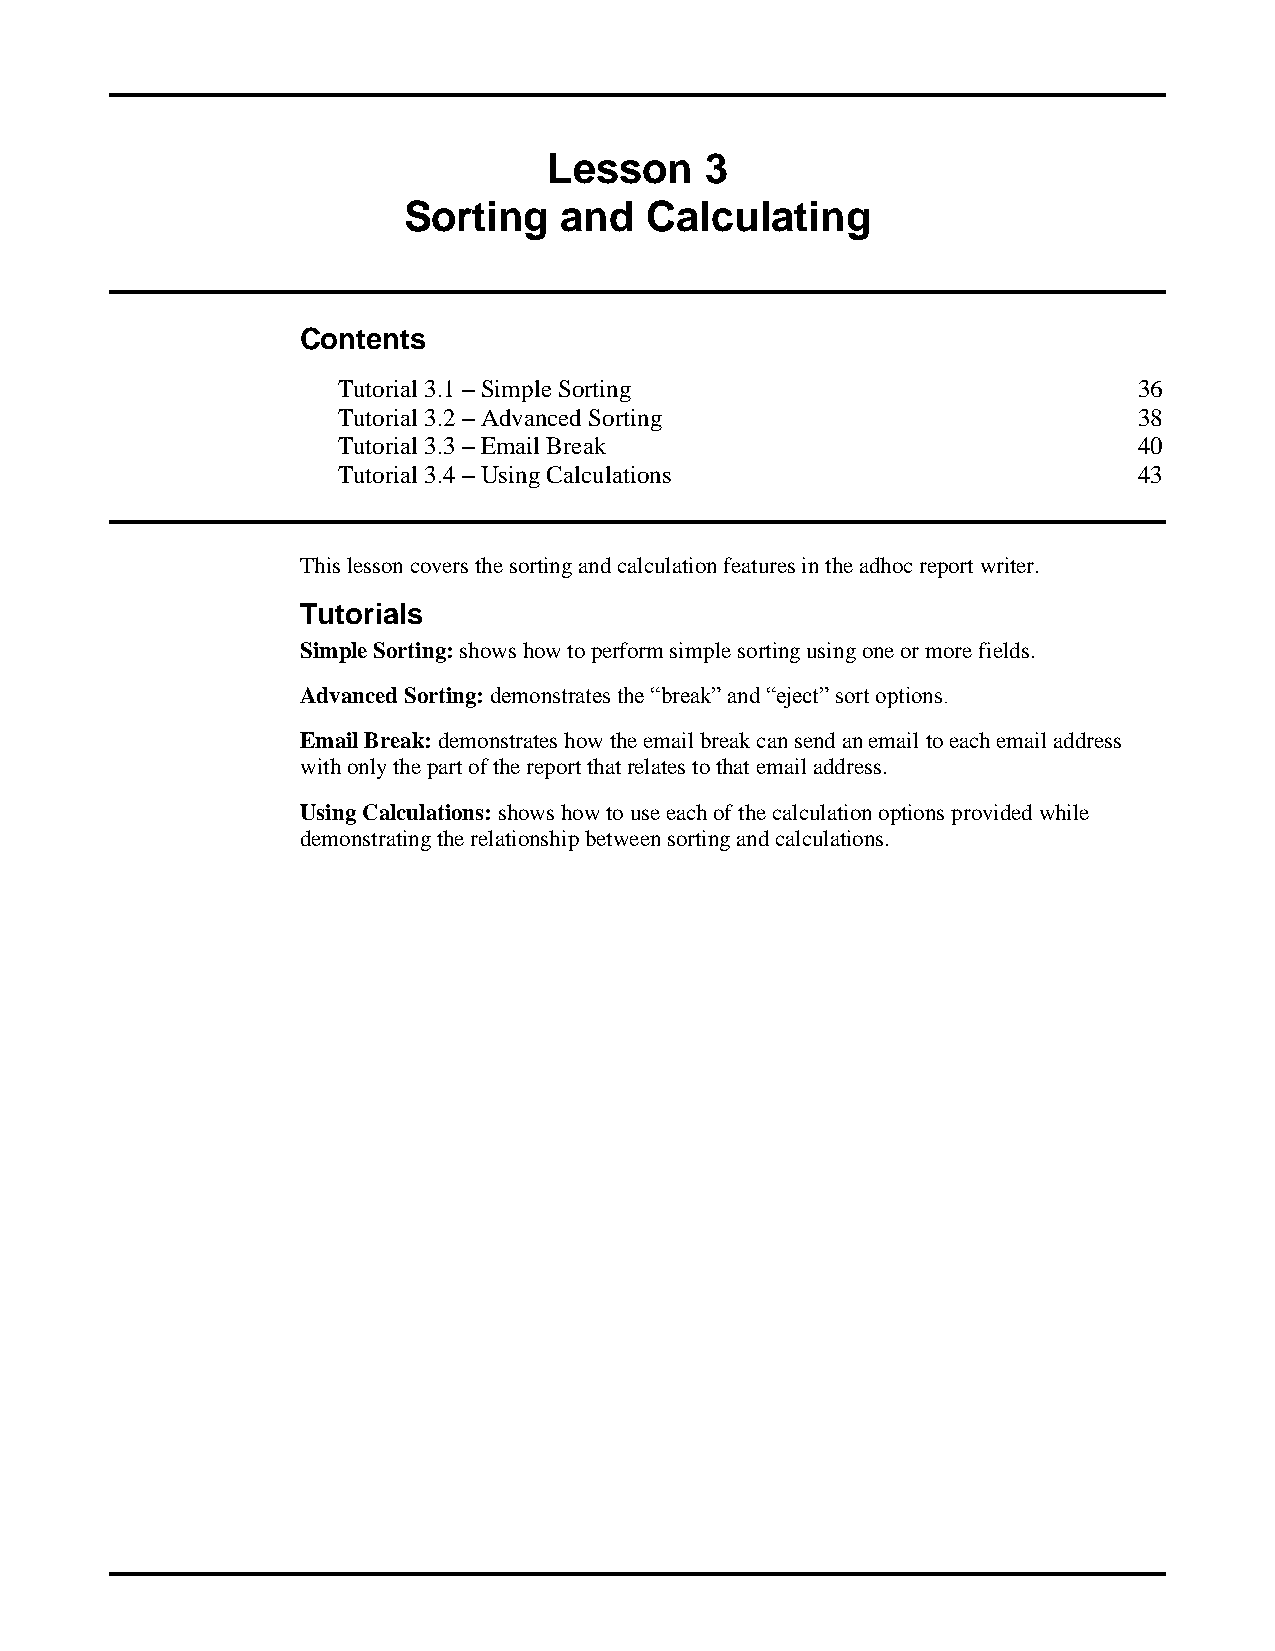
Lesson     3
 Sorting   and   Calculating
 Contents
 Tutorial 3.1 – Simple Sorting                        36
 Tutorial 3.2 – Advanced Sorting                      38
 Tutorial 3.3 – Email Break                           40
 Tutorial 3.4 – Using Calculations                    43
 This lesson covers the sorting and calculation features in the adhoc report writer.
 Tutorials
 Simple Sorting: shows how to perform simple sorting using one or more fields.
 Advanced Sorting: demonstrates the “break” and “eject” sort options.
 Email Break: demonstrates how the email break can send an email to each email address
 with only the part of the report that relates to that email address.
 Using Calculations: shows how to use each of the calculation options provided while
 demonstrating the relationship between sorting and calculations.